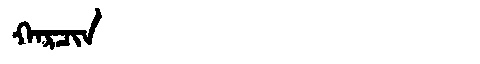
Manchu: ᡴᠠᡵᠴᡳᠨ
Romanization: KARCIN